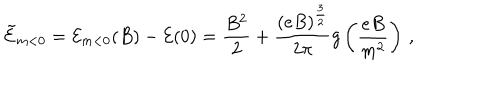
{ \tilde { \cal { E } } } _ { m < 0 } = { \cal { E } } _ { m < 0 } ( B ) - { \cal { E } } ( 0 ) = \frac { B ^ { 2 } } { 2 } + \frac { ( e B ) ^ { \frac { 3 } { 2 } } } { 2 \pi } g \left( \frac { e B } { m ^ { 2 } } \right) \, ,